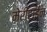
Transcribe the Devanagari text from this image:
मेरीटाईन